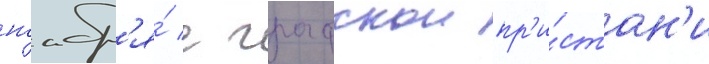
ноабр'я́ с графскои пр'и́стан'и